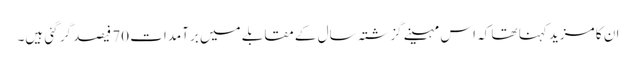
ان کا مزید کہنا تھا کہ اس مہینے گزشتہ سال کے مقابلے میں برآمدات 70 فیصد گر گئی ہیں۔